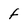
Character: f